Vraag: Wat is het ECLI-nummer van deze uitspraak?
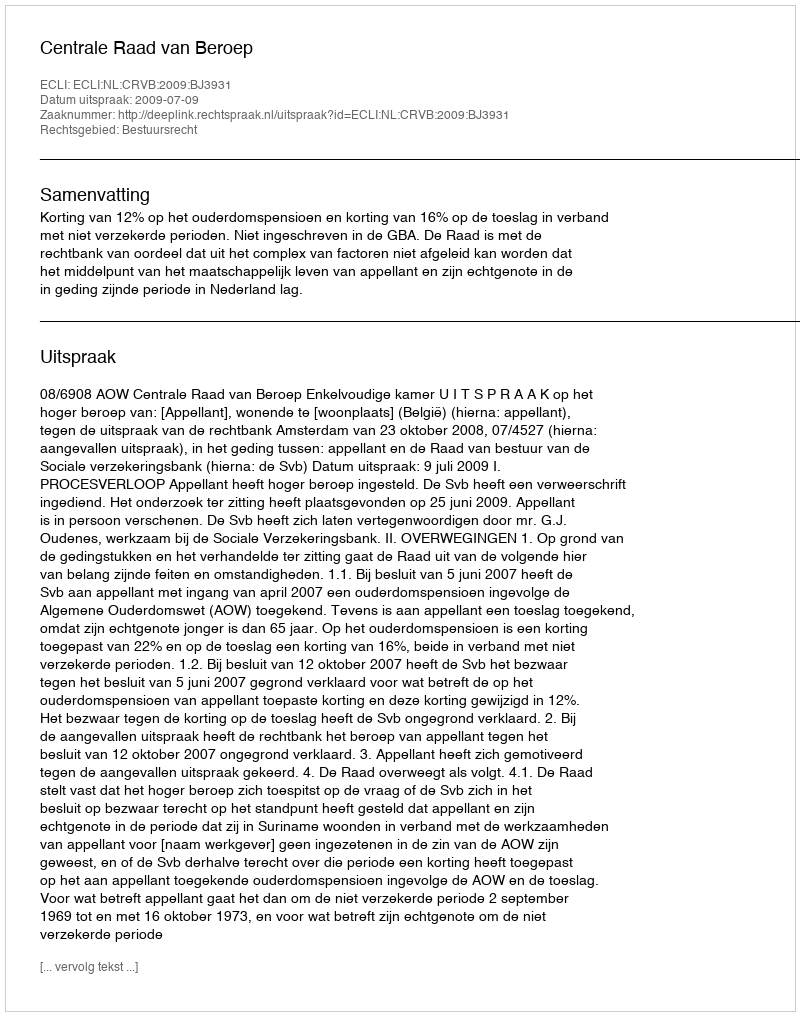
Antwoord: ECLI:NL:CRVB:2009:BJ3931